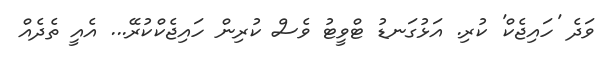
ވަދެ 'ހައިޖެކް' ކުރި. އަޅުގަނޑު ޓްވީޓު ވެސް ކުރިން ހައިޖެކްކުރޭ... އެއީ ތެދެއް